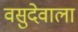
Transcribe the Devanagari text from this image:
वसुदेवाला